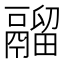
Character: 鬸